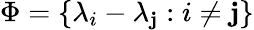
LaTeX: \Phi=\{ \lambda_{i}-\lambda_{\mathbf{j}}:i\neq\mathbf{j}\}